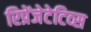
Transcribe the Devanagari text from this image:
रिप्रेंजेटेटिव्स